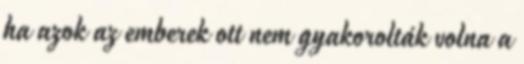
ha azok az emberek ott nem gyakorolták volna a